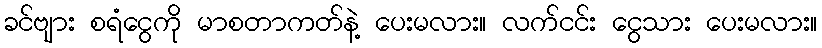
ခင်ဗျား စရံငွေကို မာစတာကတ်နဲ့ ပေးမလား။ လက်ငင်း ငွေသား ပေးမလား။